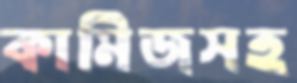
কামিজসহ